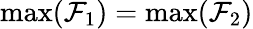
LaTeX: \operatorname*{max}(\mathcal{F}_{1})=\operatorname*{max}(\mathcal{F}_{2})